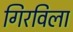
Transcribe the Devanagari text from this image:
गिरविला